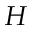
H